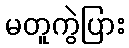
မတူကွဲပြား